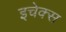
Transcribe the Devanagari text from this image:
इचेक्स